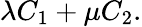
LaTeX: \lambda C_{1}+\mu C_{2}.